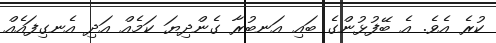
ކުރެ އެވެ. އެ ބޭފުޅުންގެ ބައި އަނބުރާ ގެންދިޔަ ކަމެއް އަދި އެނގިފައެއް